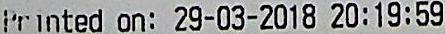
PRINTED ON: 29-03-2018 20:19:59